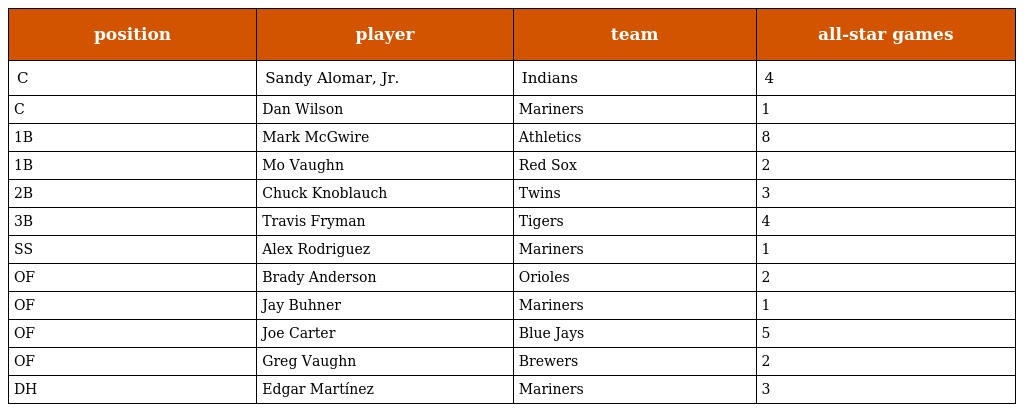
| position | player | team | all-star games |
 | --- | --- | --- | --- |
 | C | Sandy Alomar, Jr. | Indians | 4 |
 | C | Dan Wilson | Mariners | 1 |
 | 1B | Mark McGwire | Athletics | 8 |
 | 1B | Mo Vaughn | Red Sox | 2 |
 | 2B | Chuck Knoblauch | Twins | 3 |
 | 3B | Travis Fryman | Tigers | 4 |
 | SS | Alex Rodriguez | Mariners | 1 |
 | OF | Brady Anderson | Orioles | 2 |
 | OF | Jay Buhner | Mariners | 1 |
 | OF | Joe Carter | Blue Jays | 5 |
 | OF | Greg Vaughn | Brewers | 2 |
 | DH | Edgar Martínez | Mariners | 3 |